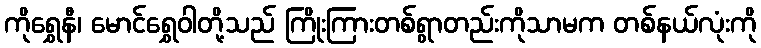
ကိုရွှေနီ၊ မောင်ရွှေဝါတို့သည် ကြိုးကြားတစ်ရွာတည်းကိုသာမက တစ်နယ်လုံးကို